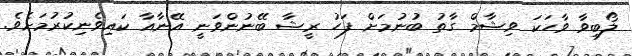
ލޯބިވާ ވާހަކަ ވިޝާމް ގާތު ބުނުމަށް ފަހު ރީޝާ ބޭނުންވަނީ އޭނާއާ ކައިވެނިކުރުމަށެވެ.